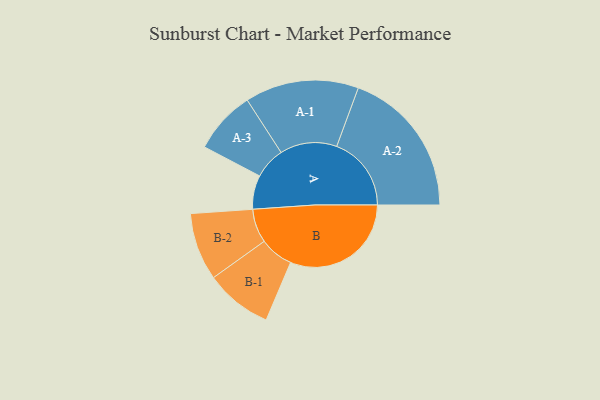
{"axis": {"x": "Segment", "y": "Value"}, "legend": ["", "A", "B"], "data": [{"x": "A", "y": 128, "type": ""}, {"x": "B", "y": 457, "type": ""}, {"x": "A-1", "y": 215, "type": "A"}, {"x": "A-2", "y": 282, "type": "A"}, {"x": "A-3", "y": 119, "type": "A"}, {"x": "B-1", "y": 127, "type": "B"}, {"x": "B-2", "y": 128, "type": "B"}]}